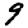
Digit: 9